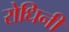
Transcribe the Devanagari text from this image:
रोधिनी